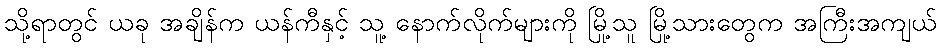
သို့ရာတွင် ယခု အချိန်က ယန်ကီနှင့် သူ့ နောက်လိုက်များကို မြို့သူ မြို့သားတွေက အကြီးအကျယ်